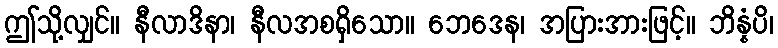
ဤသို့လျှင်။ နီလာဒိနာ၊ နီလအစရှိသော။ ဘေဒေန၊ အပြားအားဖြင့်။ ဘိန္နံပိ၊